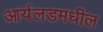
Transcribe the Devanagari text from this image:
आर्यलडमधील